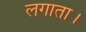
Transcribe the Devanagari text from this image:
लगाता।